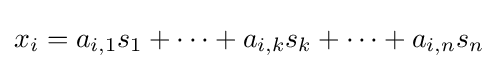
x_{i}=a_{i,1}s_{1}+\cdots +a_{i,k}s_{k}+\cdots +a_{i,n}s_{n}